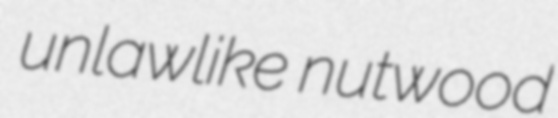
unlawlike nutwood